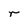
Character: r